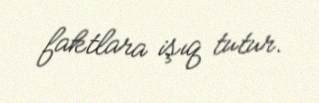
faktlara işıq tutur.